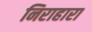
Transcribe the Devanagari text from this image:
निराहारा